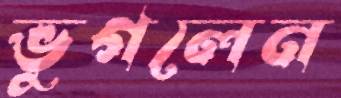
ভুগলেন